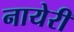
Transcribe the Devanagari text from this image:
नायेरी